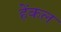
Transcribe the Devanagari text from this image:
हेंकल